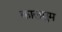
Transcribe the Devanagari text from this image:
कालमुम